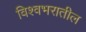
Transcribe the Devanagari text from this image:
विश्वभरातील